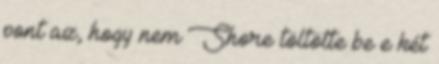
pont az, hogy nem Shore töltötte be e két